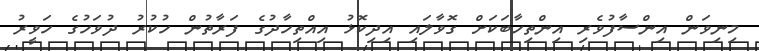
މިނިވަން އިންސާފުވެރި އިންތިހާބަކަށް ގޮވާލައި އިދިކޮޅު އިއްތިހާދުގެ ފަރާތުން ހުކުރު ދުވަހުގެ ހަވީރު